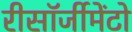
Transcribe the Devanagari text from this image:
रीसॉर्जीमेंटो